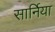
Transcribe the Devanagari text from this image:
सार्निया